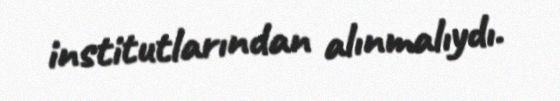
institutlarından alınmalıydı.